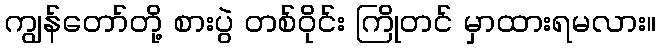
ကျွန်တော်တို့ စားပွဲ တစ်ဝိုင်း ကြိုတင် မှာထားရမလား။